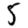
Digit: 5